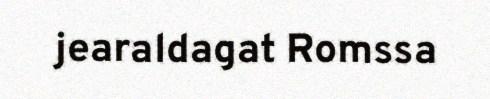
jearaldagat Romssa